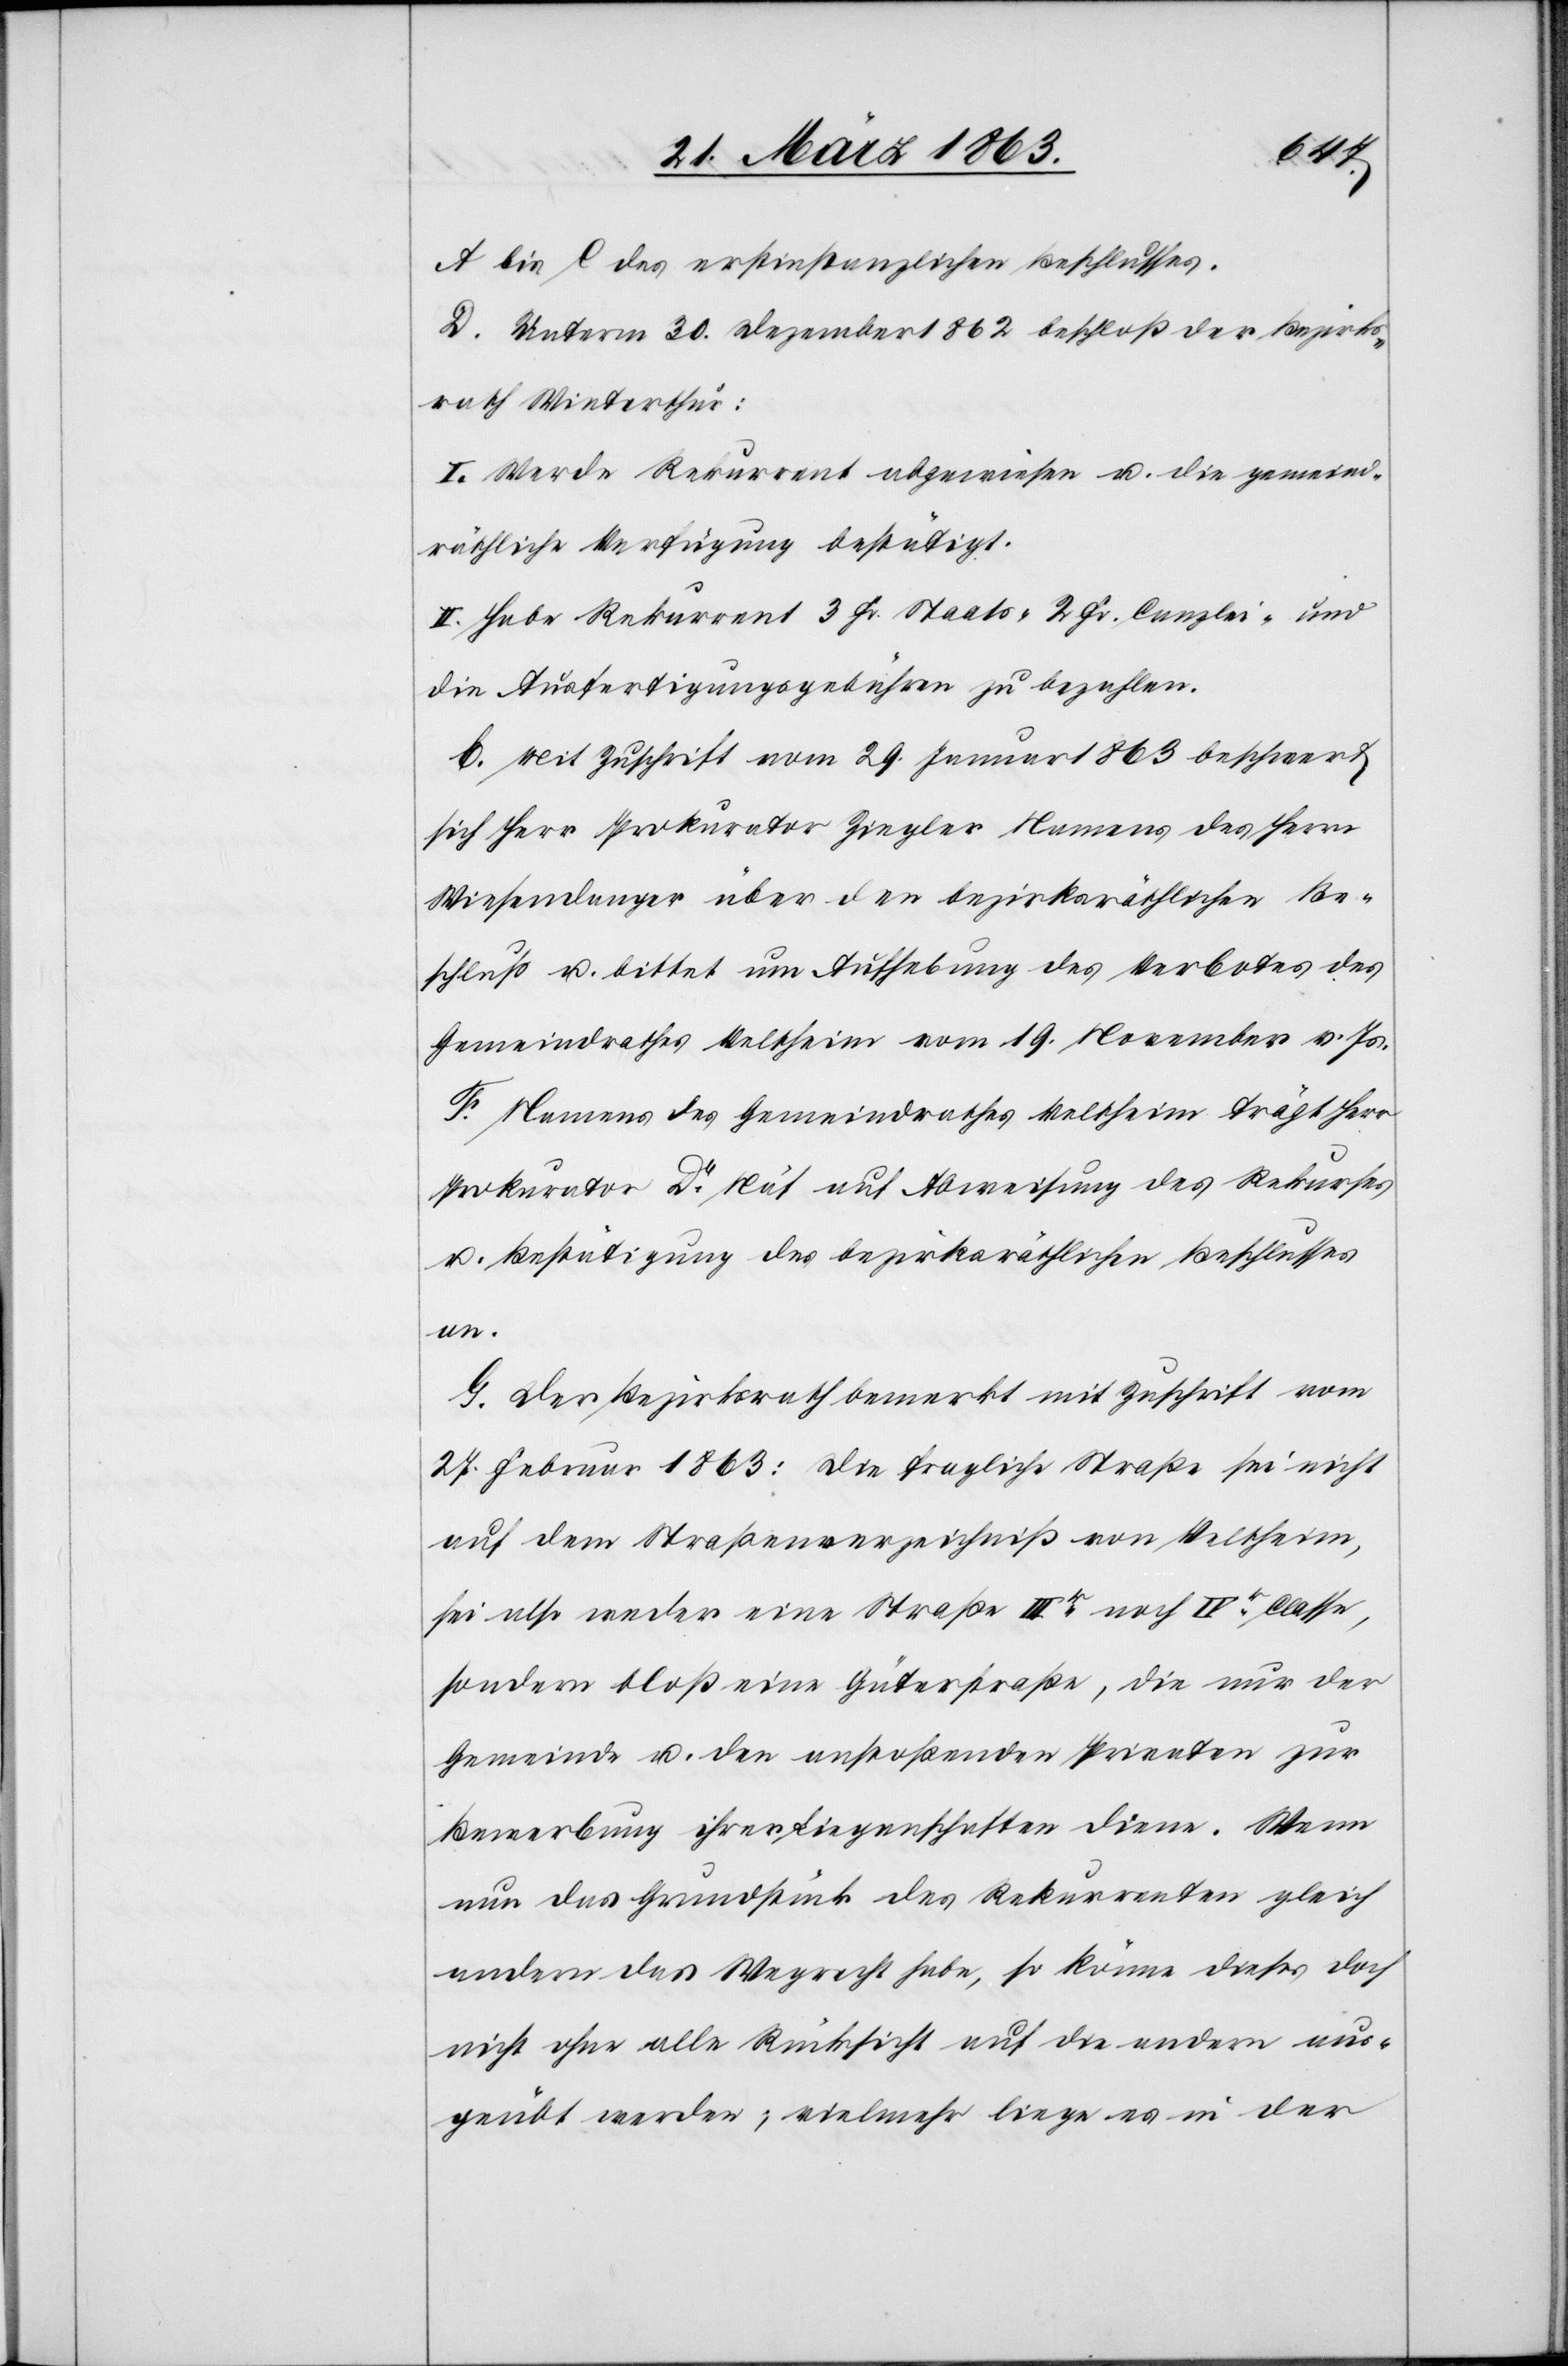
A bis C des erstinstanzlichen Beschlusses.
D. Unterm 30. Dezember 1862 beschloß der Bezirks¬
rath Winterthur:
I. Werde Rekurrent abgewiesen u. die gemeind¬
räthliche Verfügung bestätigt.
II. Habe Rekurrent 3 Fr. Staats-[,] 2 Fr. Canzlei- und
die Ausfertigungsgebühren zu bezahlen.
E. Mit Zuschrift vom 29. Januar 1863 beschwert
sich Herr Prokurator Ziegler Namens des Herrn
Wiesendanger über den bezirksräthlichen Be¬
schluß u. bittet um Aufhebung des Verbotes des
Gemeindrathes Veltheim vom 19. November v. Js.
F. Namens des Gemeindrathes Veltheim trägt Herr
Prokurator Dr Näf auf Abweisung des Rekurses
u. Bestätigung des bezirksräthlichen Beschlusses
an.
G. Der Bezirksrath bemerkt mit Zuschrift vom
27. Februar 1863: Die fragliche Straße sei nicht
auf dem Straßenverzeichniß von Veltheim,
sei also weder eine Straße IIIr noch IVr Classe,
sondern bloß eine Güterstraße, die nur der
Gemeinde u. den anstoßenden Privaten zur
Bewerbung ihrer Liegenschaften diene. Wenn
nun das Grundstück des Rekurrenten gleich
andern das Wegrecht habe, so könne dieses doch
nicht ohne alle Rücksicht auf die andern aus¬
geübt werden; vielmehr liege es in der